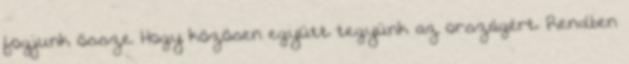
fogjunk össze. Hogy közösen együtt tegyünk az országért. Rendben